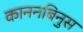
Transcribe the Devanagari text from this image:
काननबिनुस